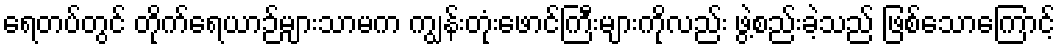
ရေတပ်တွင် တိုက်ရေယာဉ်များသာမက ကျွန်းတုံးဖောင်ကြီးများကိုလည်း ဖွဲ့စည်းခဲ့သည် ဖြစ်သောကြောင့်